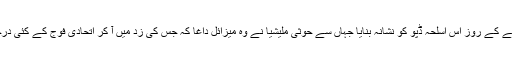
عرب اتحادیوں نے ہفتے کے روز اس اسلحہ ڈپو کو نشانہ بنایا جہاں سے حوثی ملیشیا نے وہ میزائل داغا کہ جس کی زد میں آ کر اتحادی فوج کے کئی درجن فوجی ہلاک ہوئے۔